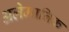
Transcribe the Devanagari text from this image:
अलेमानिक